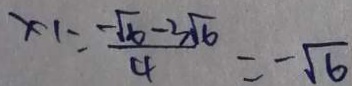
x _ { 1 } = \frac { - \sqrt { 6 } - 3 \sqrt { 6 } } { 4 } = - \sqrt { 6 }